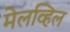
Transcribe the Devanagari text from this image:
मेलव्हिल